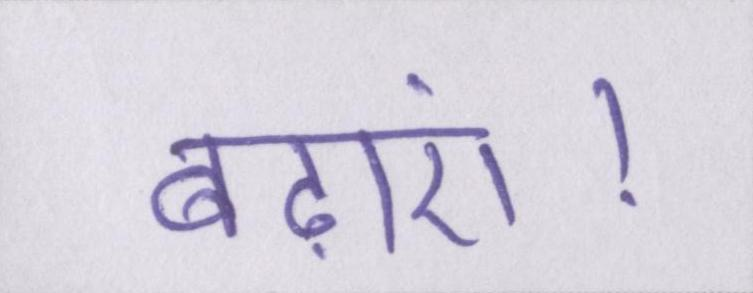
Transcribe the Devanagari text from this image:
बढ़ाएं।